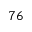
^ Ḋ 7 6 Ḍ